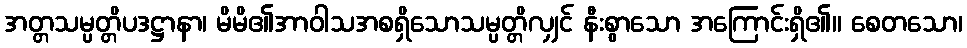
အတ္တသမ္ပတ္တိပဒဋ္ဌာနာ၊ မိမိ၏အာဝါသအစရှိသောသမ္ပတ္တိလျှင် နီးစွာသော အကြောင်းရှိ၏။ စေတသော၊